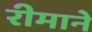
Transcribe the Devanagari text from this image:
रीमाने